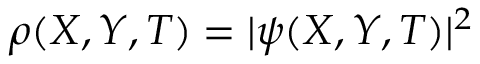
\rho ( X , Y , T ) = | \psi ( X , Y , T ) | ^ { 2 }